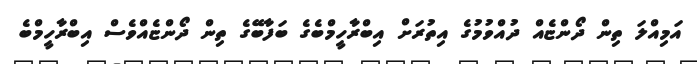
އަމިއްލަ ތިން ދޯންޏެއް ދުއްވުމުގެ އިތުރަށް އިބްރާހީމްބެގެ ބަފާބޭގެ ތިން ދޯންޏެއްވެސް އިބްރާހީމްބެ